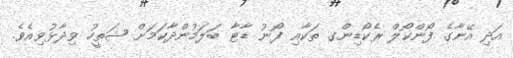
އަދި އޭނާގެ ފޯންކޯލް ރެކޯޑިންގ ތަކާއި ފޯނު ޑާޓާ ބަލަމުންދާކަމަށް ޝަތީހު ވިދާޅުވިއެވެ.